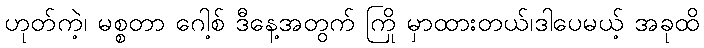
ဟုတ်ကဲ့၊ မစ္စတာ ဂေါ့စ် ဒီနေ့အတွက် ကြို မှာထားတယ်၊ဒါပေမယ့် အခုထိ